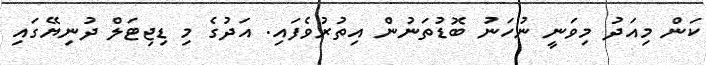
ކަން މިއަދު މިވަނީ ނުހަނު ބޮޑުތަނުން އިތުރުވެފައި. އަދުގެ މި ޑިޖިޓަލް ދުނިޔޭގައި